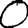
Digit: 0